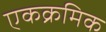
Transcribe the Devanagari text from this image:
एकक्रमिक